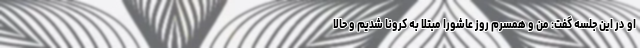
او در این جلسه گفت: من و همسرم روز عاشورا مبتلا به کرونا شدیم و حالا